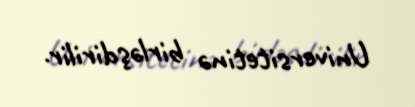
Universitetinə birləşdirilir.